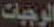
الوجبات